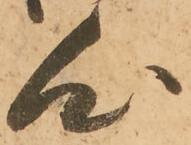
心